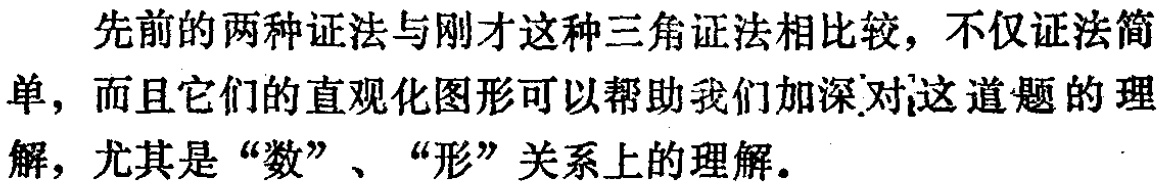
先前的两种证法与刚才这种三角证法相比较，不仅证法简单，而且它们的直观化图形可以帮助我们加深对这道题的理解，尤其是“数”、“形”关系上的理解。